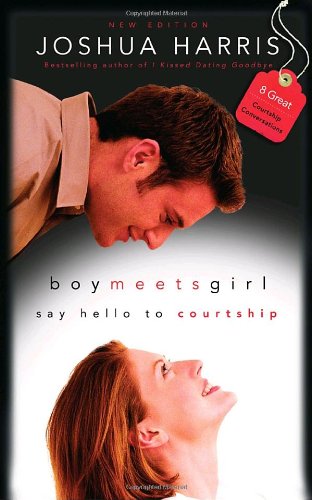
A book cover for Boy Meets Girl: Say Hello to Courtship; Joshua Harris; Parenting & Relationships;